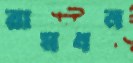
রামধন